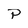
Character: P